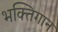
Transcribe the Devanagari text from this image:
भक्तिगान